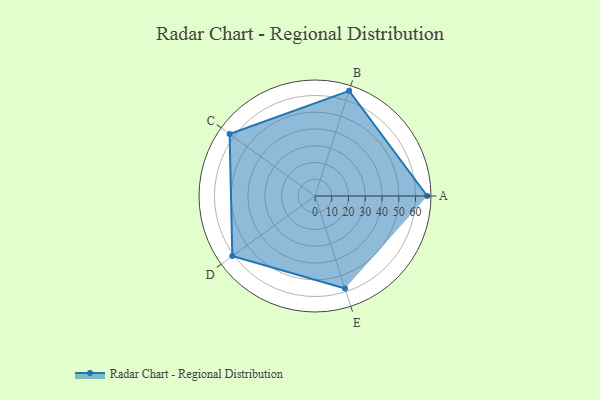
{"axis": {"x": "Skill", "y": "Score"}, "legend": ["Profile"], "data": [{"x": "A", "y": 67.0, "type": "Profile"}, {"x": "B", "y": 66.0, "type": "Profile"}, {"x": "C", "y": 63.0, "type": "Profile"}, {"x": "D", "y": 61.0, "type": "Profile"}, {"x": "E", "y": 58.0, "type": "Profile"}]}